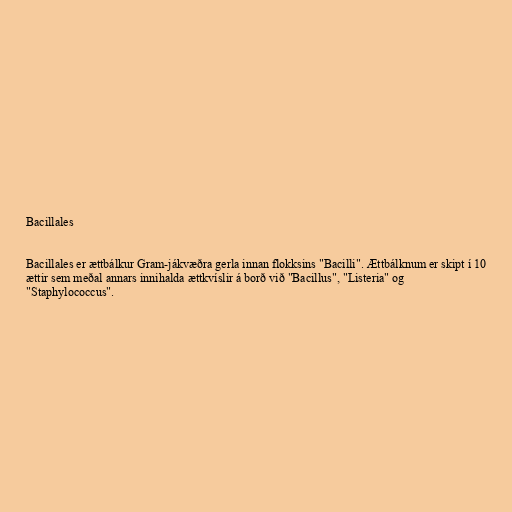
Bacillales

Bacillales er ættbálkur Gram-jákvæðra gerla innan flokksins "Bacilli". Ættbálknum er skipt í 10
ættir sem meðal annars innihalda ættkvíslir á borð við "Bacillus", "Listeria" og
"Staphylococcus".